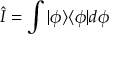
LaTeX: { \hat { I } } = \int | \phi \rangle \langle \phi | d \phi